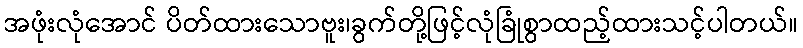
အဖုံးလုံအောင် ပိတ်ထားသောဗူး၊ခွက်တို့ဖြင့်လုံခြုံစွာထည့်ထားသင့်ပါတယ်။